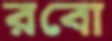
রবো